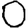
Digit: 0